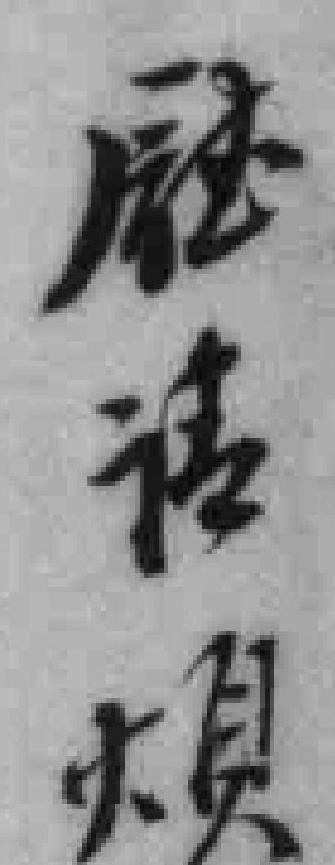
廰请煩